Vabadussoja_Ajaloo_Komitee, lk 56
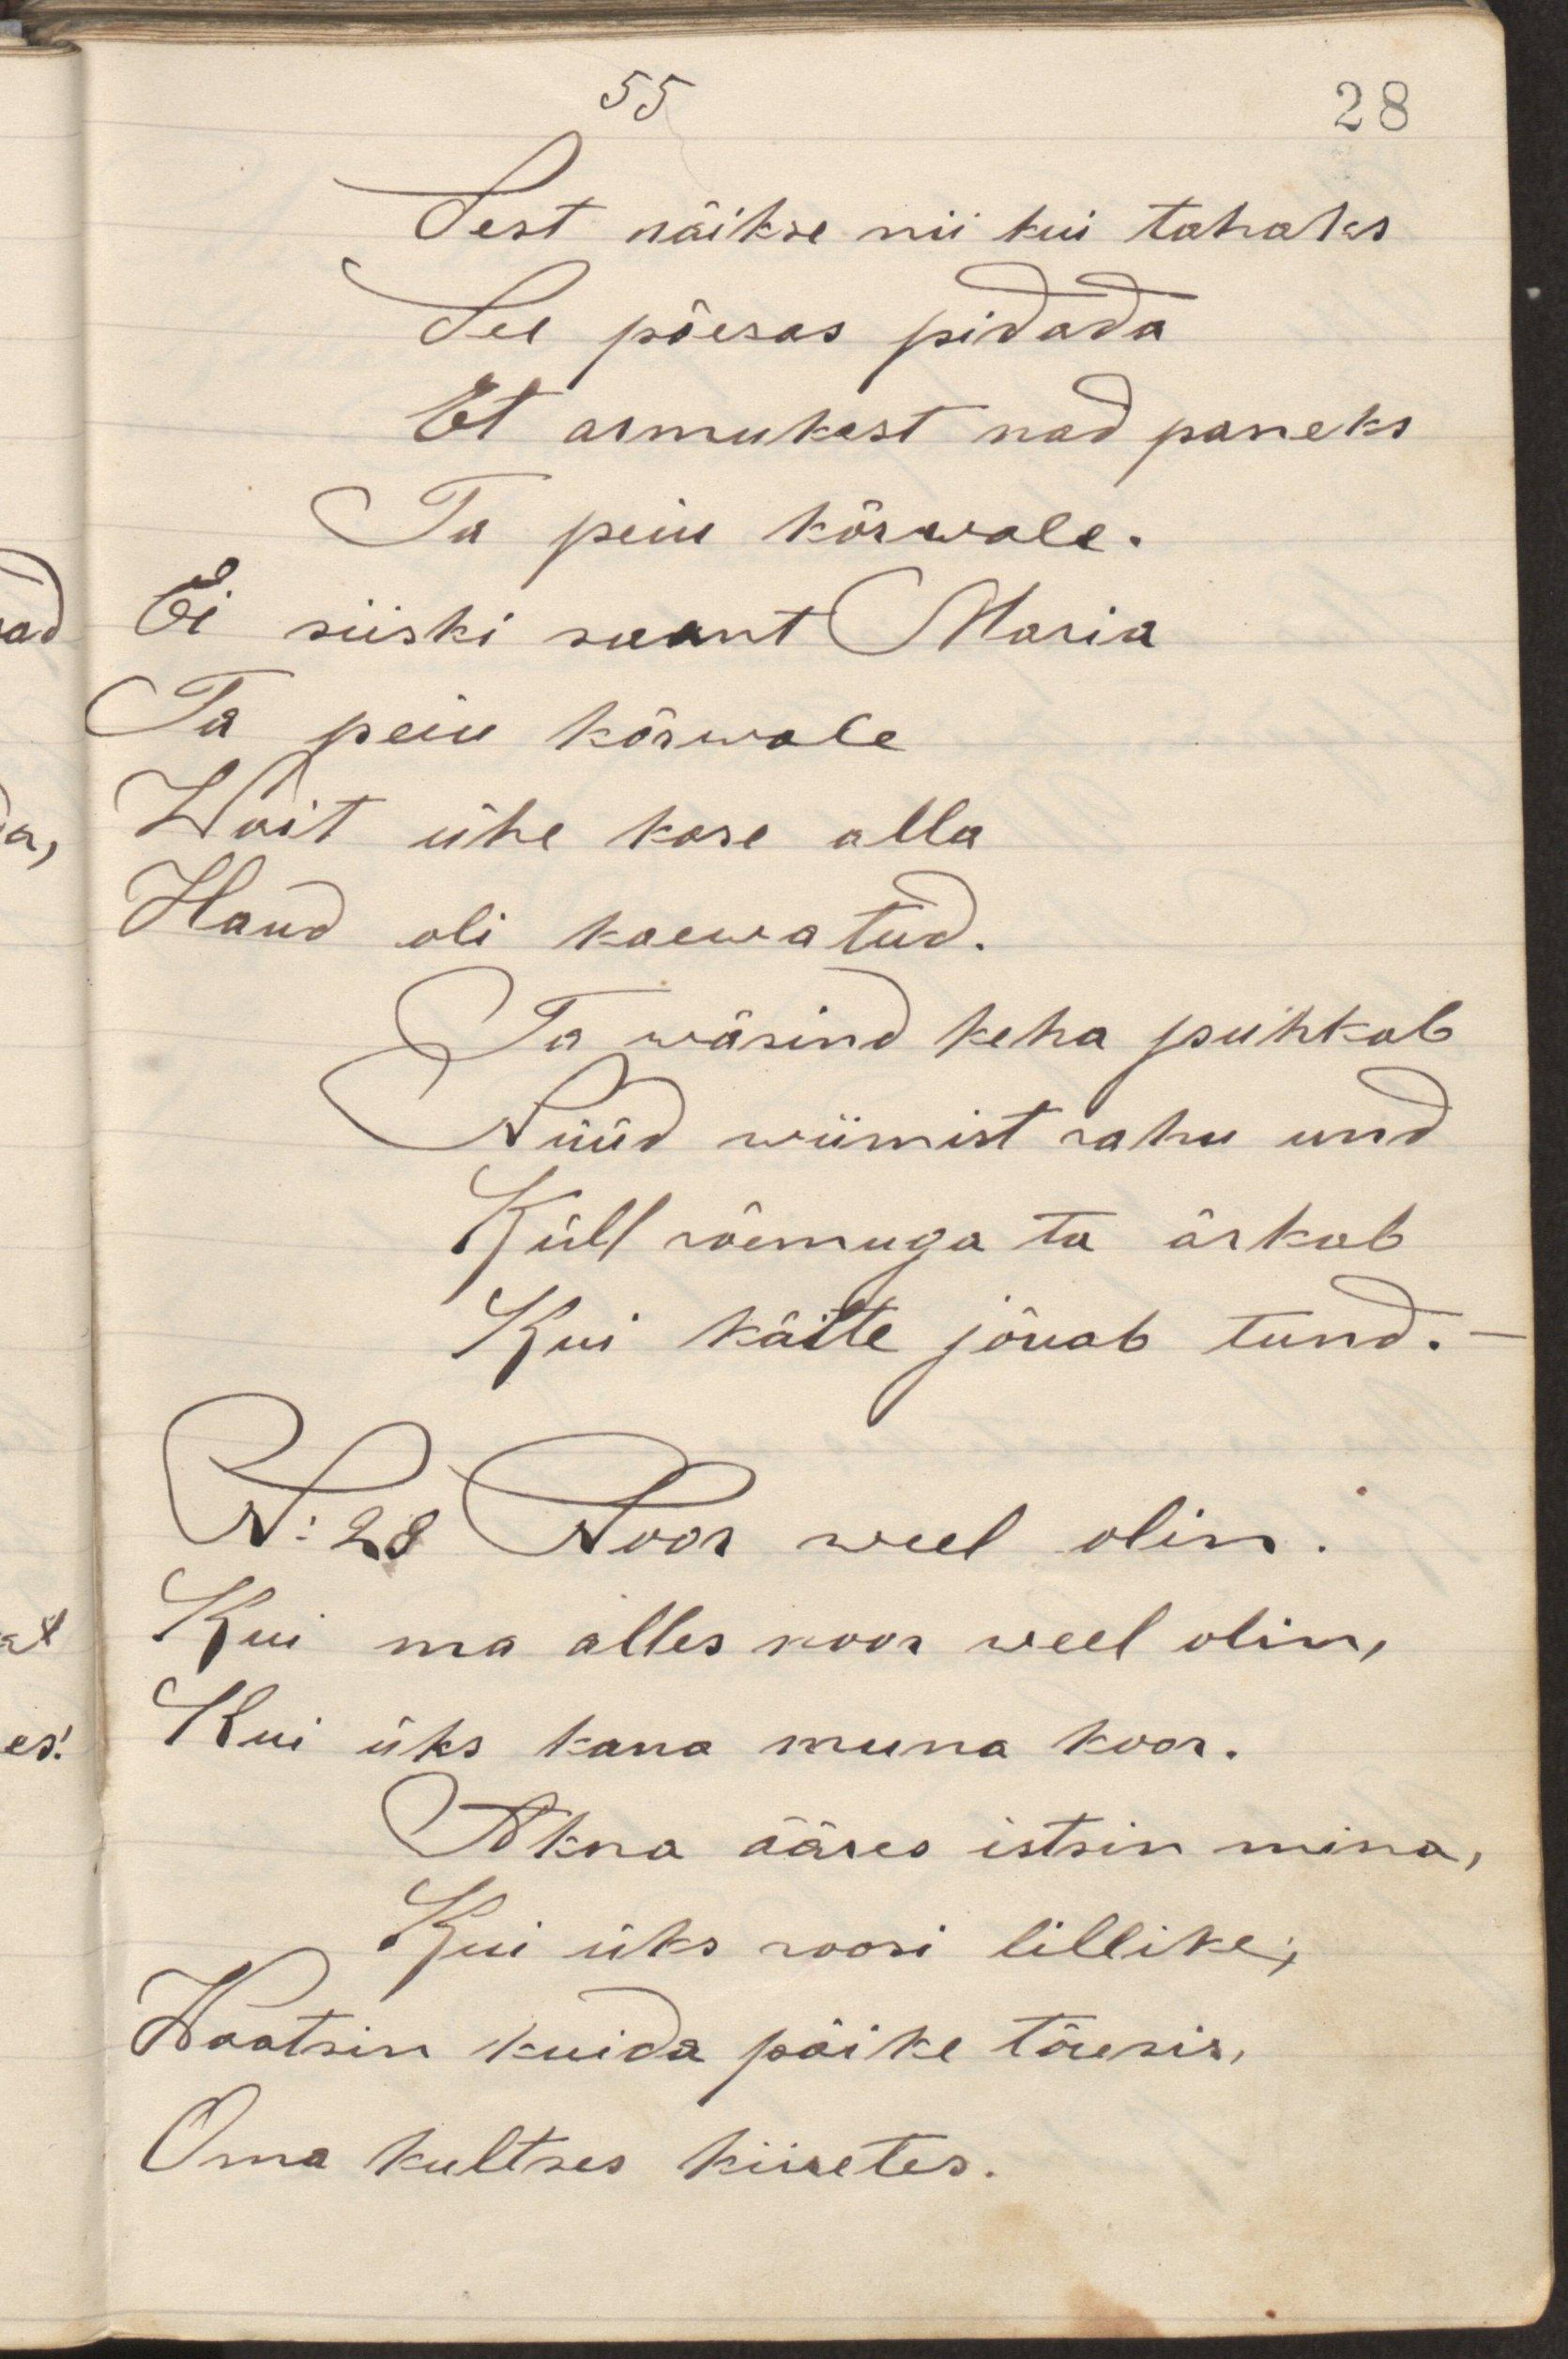
Sest näikse nii kui tahaks
See põesas pidada
Et armukest nad paneks
Ta peiu kõrwale.
Ei siiski saant Maria
Ta peiu kõrwale
Wait ühe kase alla
Haud oli kaewatud.
Ta wäsind keha puhkab
Nüüd wiimist rahu und
Küll rõemuga ta ärkab
Kui kätte jõuab tund.
N: 28 Noor weel olin.
Kui ma alles noor weel olin,
Kui üks kana muna koor.
Akna ääres istsin mina,
Kui üks roosi lillike,
Waatsin kuidas päike tõusis,
Oma kultses kiiretes.